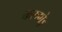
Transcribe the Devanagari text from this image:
करुणेइ